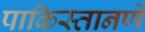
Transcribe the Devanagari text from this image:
पाकिस्तानणे